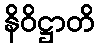
နိဝိဋ္ဌာတိ